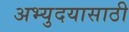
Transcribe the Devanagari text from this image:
अभ्युदयासाठी